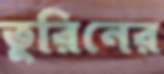
তুরিনের